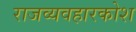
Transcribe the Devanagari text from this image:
राजव्यवहारकोश